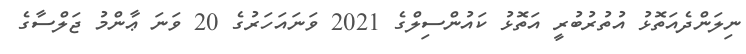
ނިލަންދެއަތޮޅު އުތުރުބުރީ އަތޮޅު ކައުންސިލްގެ 2021 ވަނައަހަރުގެ 20 ވަނަ ޢާންމު ޖަލްސާގެ